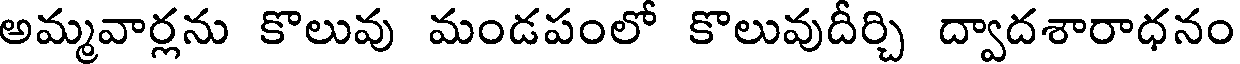
అమ్మవార్లను కొలువు మండపంలో కొలువుదీర్చి ద్వాదశారాధనం